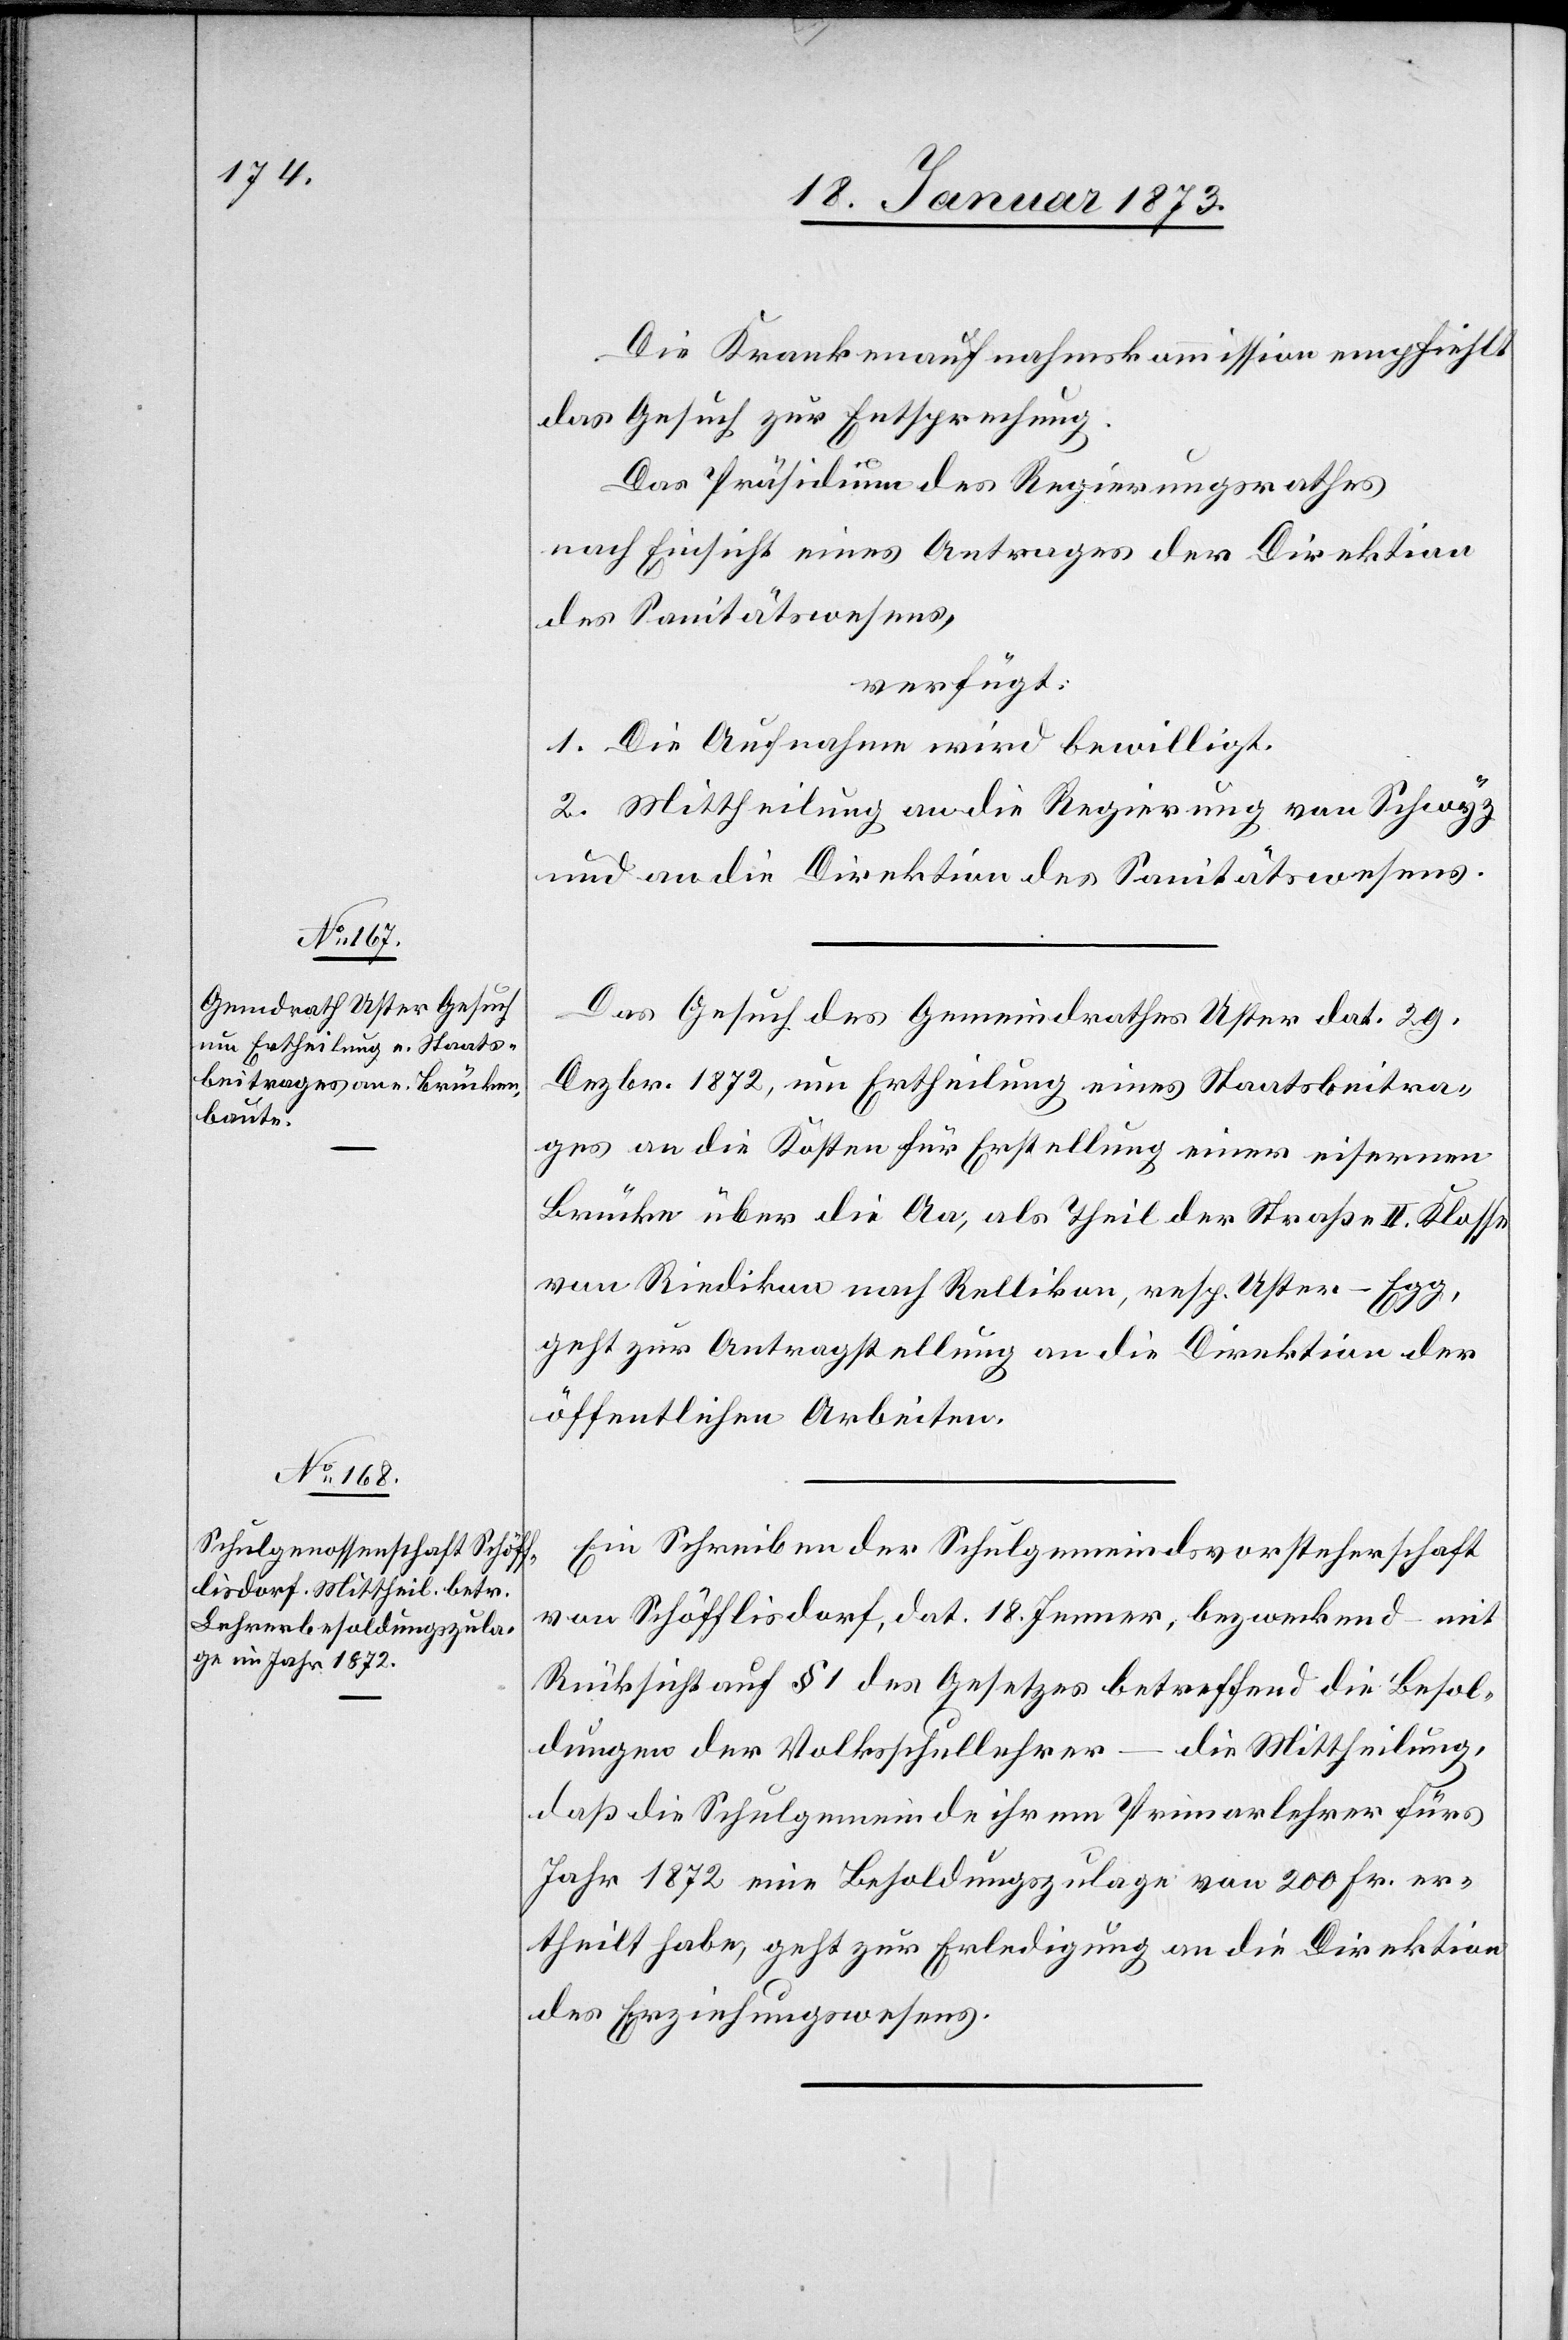
20. Januar 1873.]
Die Krankenaufnahmskommission empfiehlt
das Gesuch zur Entsprechung.
Das Präsidium des Regierungsrathes
nach Einsicht eines Antrages der Direktion
des Sanitätswesens,
verfügt:
1. Die Aufnahme wird bewilligt.
2. Mittheilung an die Regierung von Schwyz
und an die Direktion des Sanitätswesens.
Das Gesuch des Gemeindrathes Uster dat. 29.
Dezbr. 1872, um Ertheilung eines Staatsbeitra¬
ges an die Kosten für Erstellung einer eisernen
Brücke über die Aa, als Theil der Straße II. Klasse
von Riedikon nach Rellikon, resp. Uster–Egg,
geht zur Antragstellung an die Direktion der
öffentlichen Arbeiten.
Ein Schreiben der Schulgemeindsvorsteherschaft
von Schöfflisdorf, dat. 18. Jenner, bezweckend – mit
Rücksicht auf § 1 des Gesetzes betreffend die Besol¬
dungen der Volksschullehrer – die Mittheilung,
daß die Schulgemeinde ihrem Primarlehrer fürs
Jahr 1872 eine Besoldungszulage von 200 Fr. er¬
theilt habe, geht zur Erledigung an die Direktion
des Erziehungswesens.